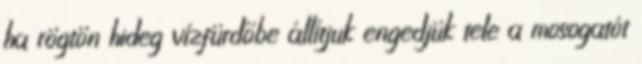
ha rögtön hideg vízfürdőbe állítjuk engedjük tele a mosogatót